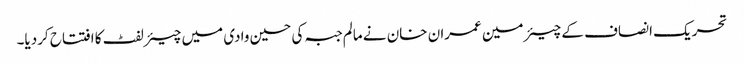
تحریک انصاف کے چیئرمین عمران خان نے مالم جبہ کی حسین وادی میں چیئرلفٹ کا افتتاح کردیا۔